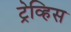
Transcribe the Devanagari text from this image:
ट्रेव्हिस